Newspaper: Memphis daily appeal. [volume]
Place of publication: Memphis, Tenn.
Publisher: S.T. Seawell & W.N. Stanton
Date: 1880-10-30 00:00:00
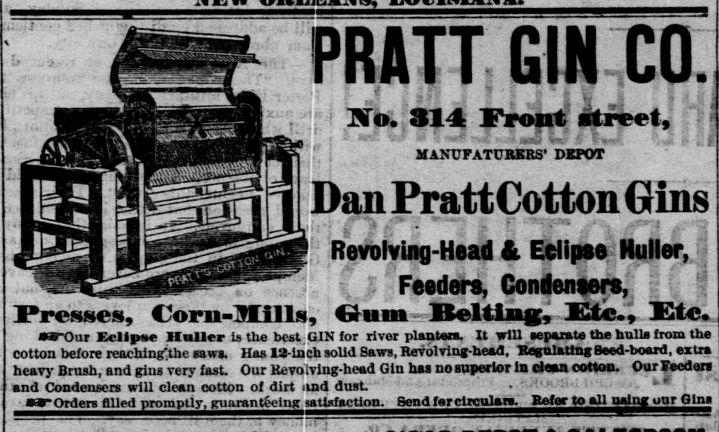
Advertisement text (OCR):
PRATT GIN CO. No. 314 Front street, MANCFATUBKBS' DEPOT Dan Pratt Cotton Gins Revolving-Head & Eclipee Huller, Feeders, Condensers, Presses, Corn-Mills, Gum Belting, Site, Etc. aas-Our Kclipse II ulier is the best GIN for river plantar. It will separata the hull from the cotton before reachWthe saw. Has 13-inch solid Saws, Revolving-head, Regulating Seed-board , extra heavy Brush, and gins very fast Our Revolving-head Gin ha no snperlor In cssan cotton. OurFeedors and Condensers will clean cotton of dirt nnd dust. J-Orders filloii promptly, guaranteeing miisfaction. Send for circulars. Refer to all uajjour Gins
Label: illustrations